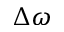
\Delta \omega